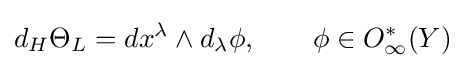
d_{H}\Theta _{L}=dx^{\lambda }\wedge d_{\lambda }\phi ,\qquad \phi \in O_{\infty }^{*}(Y)